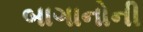
બાગાનોની